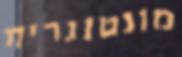
מונטנגרית